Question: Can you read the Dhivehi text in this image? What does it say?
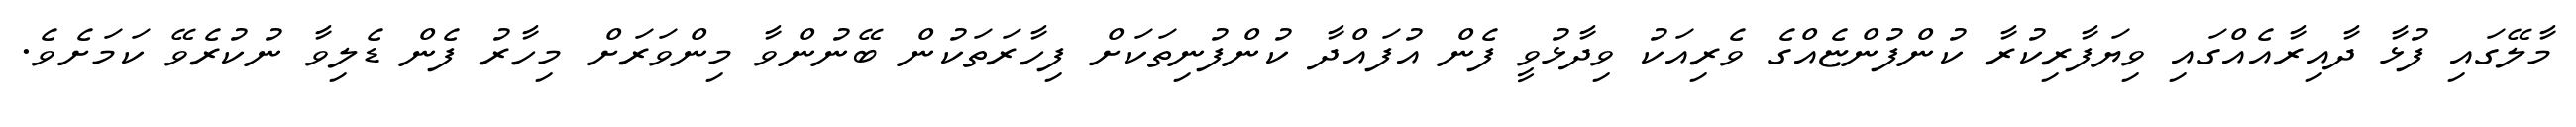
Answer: މާލޭގައި ފުޅާ ދާއިރާއެއްގައި ވިޔަފާރިކުރާ ކުންފުންޏެއްގެ ވެރިއަކު ވިދާޅުވީ ފެން އުފައްދާ ކުންފުނިތަކަށް ފިހާރަތަކުން ބޭނުންވާ މިންވަރަށް މިހާރު ފެން ޑެލިވާ ނުކުރެވޭ ކަމަށެވެ.